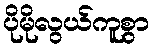
ပိုမိုလွယ်ကူစွာ